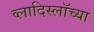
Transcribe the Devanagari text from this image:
व्लादिस्लॉच्या